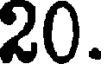
20.